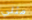
مثلي